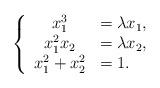
LaTeX: \begin{align*}\left\{\begin{array}{cl}x_1^3&=\lambda x_1,\\x_1^2x_2&=\lambda x_2,\\x_1^2+x_2^2&=1.\end{array}\right.\end{align*}